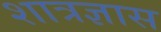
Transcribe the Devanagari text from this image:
शात्रज्ञास